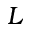
L